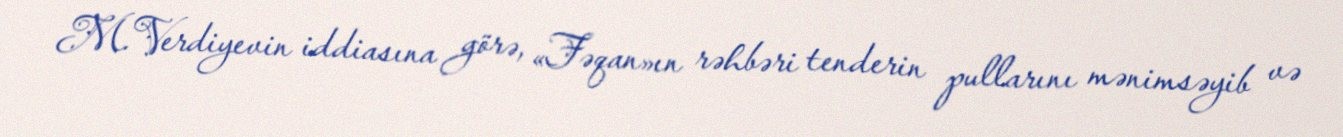
M.Verdiyevin iddiasına görə, «Fəqan»ın rəhbəri tenderin pullarını mənimsəyib və